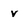
Character: v